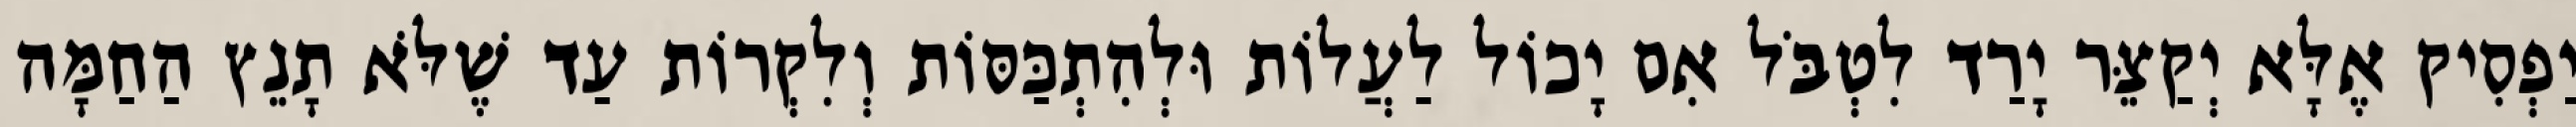
יַפְסִיק אֶלָּא יְקַצֵּר יָרַד לִטְבֹּל אִם יָכוֹל לַעֲלוֹת וּלְהִתְכַּסּוֹת וְלִקְרוֹת עַד שֶׁלֹּא תָנֵץ הַחַמָּה